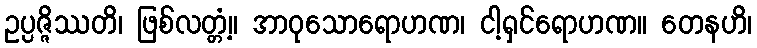
ဥပ္ပဇ္ဇိဿတိ၊ ဖြစ်လတ္တံ့။ အာဝုသောရောဟဏ၊ ငါ့ရှင်ရောဟဏ။ တေနဟိ၊